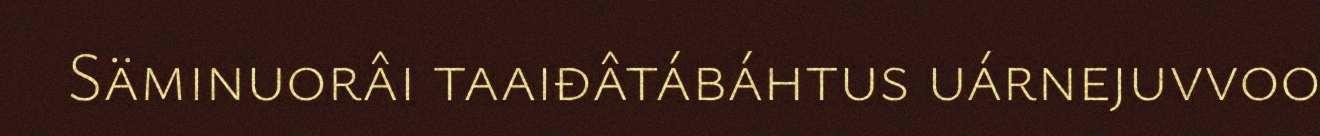
Säminuorâi taaiđâtábáhtus uárnejuvvoo